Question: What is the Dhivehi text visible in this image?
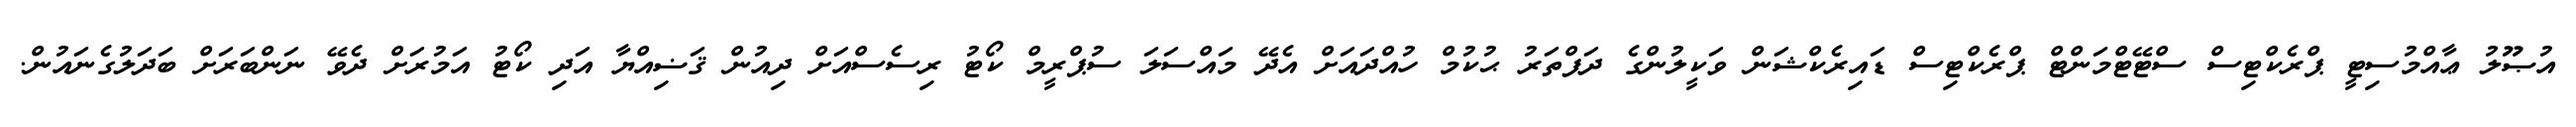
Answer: އުޞޫލު ޢާއްމުސިޓީ ޕްރެކްޓިސް ސްޓޭޓްމަންޓް ޕްރެކްޓިސް ޑައިރެކްޝަން ވަކީލުންގެ ދަފްތަރު ޙުކުމް ހުއްދައަށް އެދޭ މައްސަލަ ސުޕްރީމް ކޯޓު ރިސެސްއަށް ދިއުން ޤަޟިއްޔާ އަދި ކޯޓު އަމުރަށް ދެވޭ ނަންބަރަށް ބަދަލުގެނައުން.